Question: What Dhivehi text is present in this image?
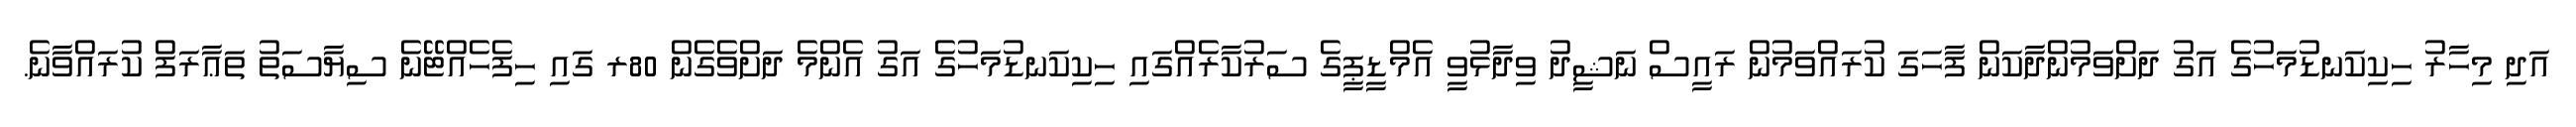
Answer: އަދި މިހާރު ހިކިކަނޑުމަހުގެ އަގު ދަށްވަމުންދާކަން ފާހަގަ ކުރައްވަމުން ރައީސް ނަޝީދު ވިދާޅުވީ އެމްޑީޕީގެ ސަރުކާރެއްގައި ހިކިކަނޑުމަހުގެ އަގު އެންމެ ދަށްވެގެން 80ރ ގައި ހިފެހެއްޓޭނެ ސިޔާސަތު ތަޢާރަފް ކުރައްވާނެ.